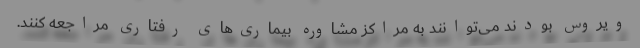
ویروس بودند می‌توانند به مراکز مشاوره بیماری‌های رفتاری مراجعه کنند.